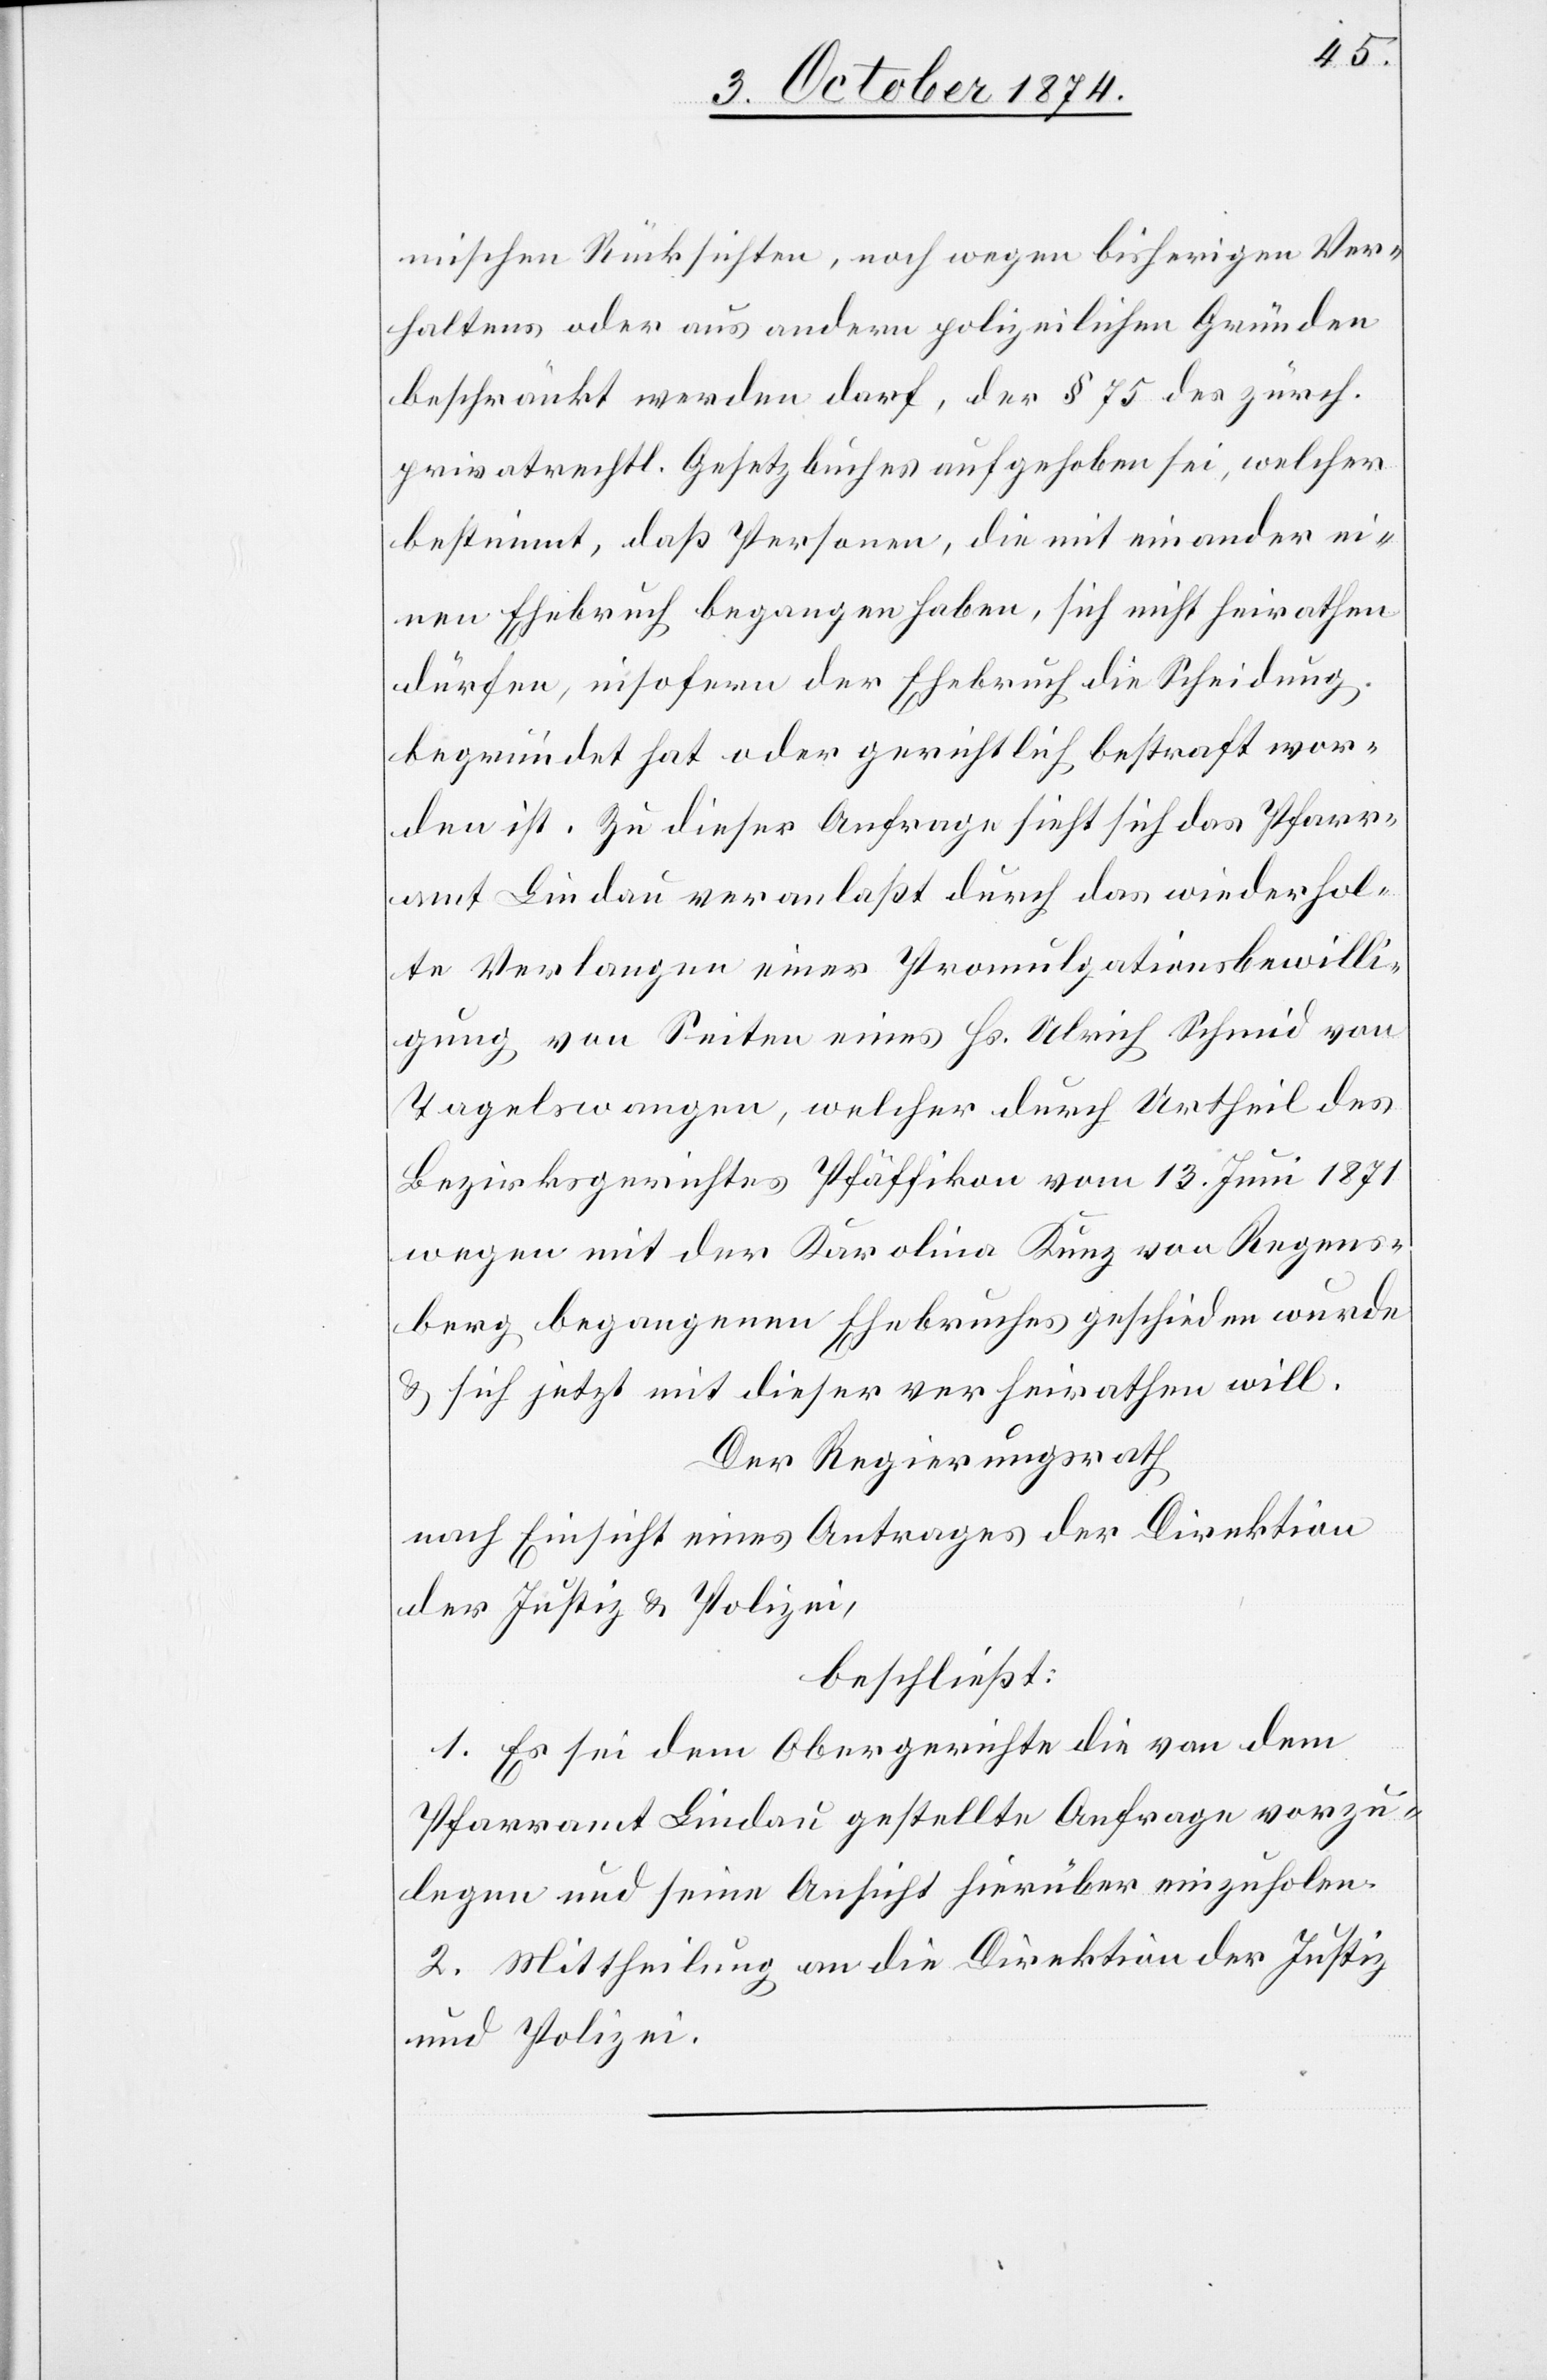
mischen Rücksichten, noch wegen bisherigen Ver¬
haltens oder aus andern polizeilichen Gründen
beschränkt werden darf, der § 75 des zürch.
privatrechtl. Gesetzbuches aufgehoben sei, welcher
bestimmt, daß Personen, die mit einander ei¬
nen Ehebruch begangen haben, sich nicht heirathen
dürfen, insofern der Ehebruch die Scheidung
begründet hat oder gerichtlich bestraft wor¬
den ist. Zu dieser Anfrage sieht sich das Pfarr¬
amt Lindau veranlaßt durch das wiederhol¬
te Verlangen einer Promulgationsbewilli¬
gung von Seiten eines Hs. Ulrich Schmid von
Tagelswangen, welcher durch Urtheil des
Bezirksgerichtes Pfäffikon vom 13. Juni 1871
wegen mit der Karolina Kunz von Regens¬
berg begangenen Ehebruchs geschieden wurde
& sich jetzt mit dieser verheirathen will.
Der Regierungsrath
nach Einsicht eines Antrages der Direktion
der Justiz & Polizei,
beschließt:
1. Es sei dem Obergerichte die von dem
Pfarramt Lindau gestellte Anfrage vorzu¬
legen und seine Ansicht hierüber einzuholen.
2. Mittheilung an die Direktion der Justiz
und Polizei.